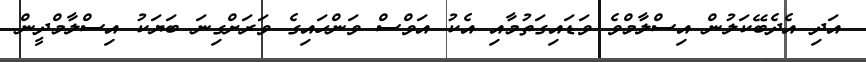
އަދި އެދެބޭކަލުން އިސްލާމްވެ ވަޑައިގަތުމާއި އެކު އަވްސް ވަންހައިގެ ވަރަށްގިނަ ބަޔަކު އިސްލާމްދީން